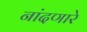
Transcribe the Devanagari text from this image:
नांदणारे